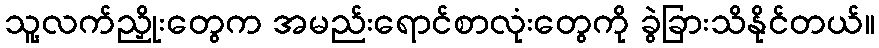
သူ့လက်ညှိုးတွေက အမည်းရောင်စာလုံးတွေကို ခွဲခြားသိနိုင်တယ်။